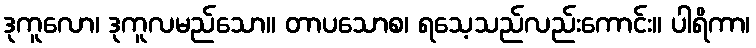
ဒုကူလော၊ ဒုကူလမည်သော။ တာပသောစ၊ ရသေ့သည်လည်းကောင်း။ ပါရိကာ၊